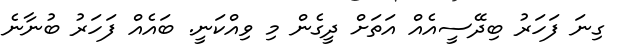
ގިނަ ފަހަރު ބިދޭސީއެއް އަތަށް ދީގެން މި ވިއްކަނީ. ބައެއް ފަހަރު ބުނާނެ